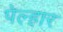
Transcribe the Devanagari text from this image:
पेल्हार